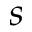
s